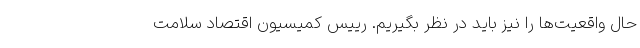
حال واقعیت‌ها را نیز باید در نظر بگیریم. رییس کمیسیون اقتصاد سلامت